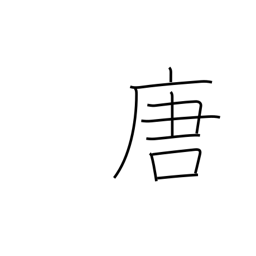
Meaning: T'ang